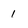
Character: l